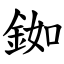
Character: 銣